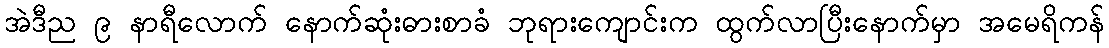
အဲဒီည ၉ နာရီလောက် နောက်ဆုံးဓားစာခံ ဘုရားကျောင်းက ထွက်လာပြီးနောက်မှာ အမေရိကန်